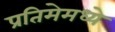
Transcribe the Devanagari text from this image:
प्रतिमेमध्ये